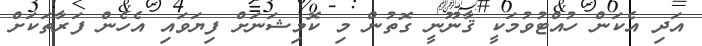
އަދި އެކަން ހުއްޓުވުމަކީ ޤާނޫނީ ގޮތުން މި ކޮމިޝަނަށް ފިޔަވައި އެހެން ފަރާތަކަށް